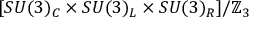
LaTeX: [ S U ( 3 ) _ { C } \times S U ( 3 ) _ { L } \times S U ( 3 ) _ { R } ] / \mathbb { Z } _ { 3 }